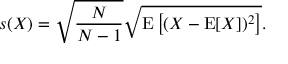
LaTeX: s ( X ) = { \sqrt { \frac { N } { N - 1 } } } { \sqrt { \operatorname { E } \left[ ( X - \operatorname { E } [ X ] ) ^ { 2 } \right] } } .